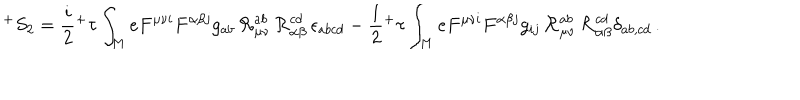
^ { + } S _ { 2 } = \frac { i } { 2 } { ^ + \tau } \int _ { M } e F ^ { \mu \nu i } F ^ { \alpha \beta j } g _ { a b } \, { \cal R } _ { \mu \nu } ^ { a b } \, { \cal R } _ { \alpha \beta } ^ { c d } \, \epsilon _ { a b c d } - \frac { 1 } { 2 } { ^ + \tau } \int _ { M } e F ^ { \mu \nu i } F ^ { \alpha \beta j } g _ { i j } \, { \cal R } _ { \mu \nu } ^ { a b } \, { \cal R } _ { \alpha \beta } ^ { c d } \delta _ { a b , c d } \, .